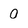
Character: 0